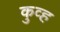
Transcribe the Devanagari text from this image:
कुव्ह